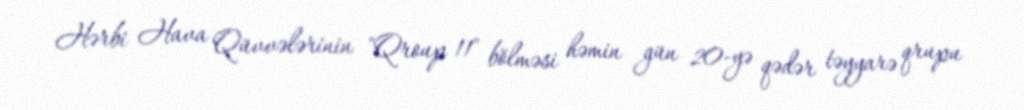
Hərbi Hava Qüvvələrinin "Qroup 11" bölməsi həmin gün 20-yə qədər təyyarə qrupu